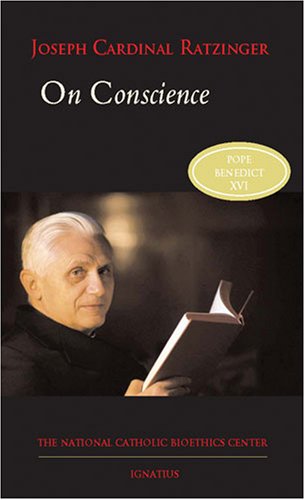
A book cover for On Conscience (Bioethics & Culture); Pope Benedict XVI; Medical Books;